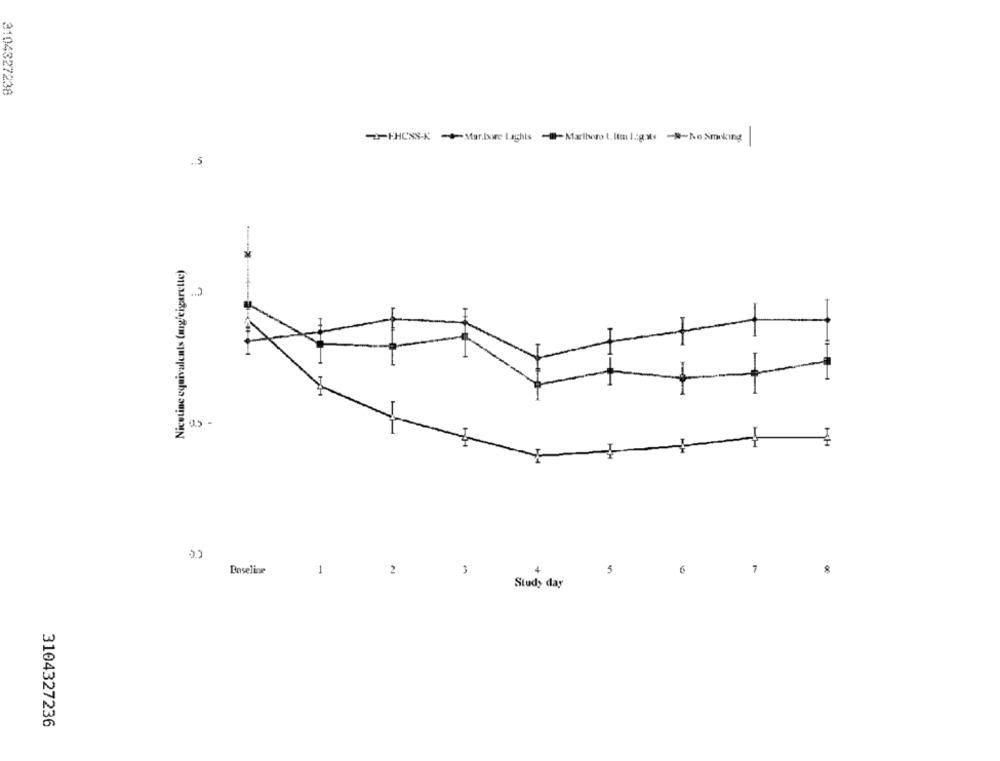
3104327238
.5
Nicotine equivalents (mg/cigarette)
D
3.5 -
HH
+
6
7
8
Baseline
1
2
5
Study day
3104327236